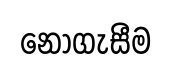
නොගැසීම